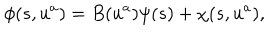
\phi ( s , u ^ { a } ) = B ( u ^ { a } ) \psi ( s ) + \chi ( s , u ^ { a } ) ,